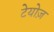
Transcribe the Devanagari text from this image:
टेयोज़